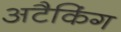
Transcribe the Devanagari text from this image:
अटैकिंग